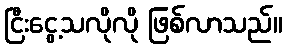
ငြီးငွေ့သလိုလို ဖြစ်လာသည်။